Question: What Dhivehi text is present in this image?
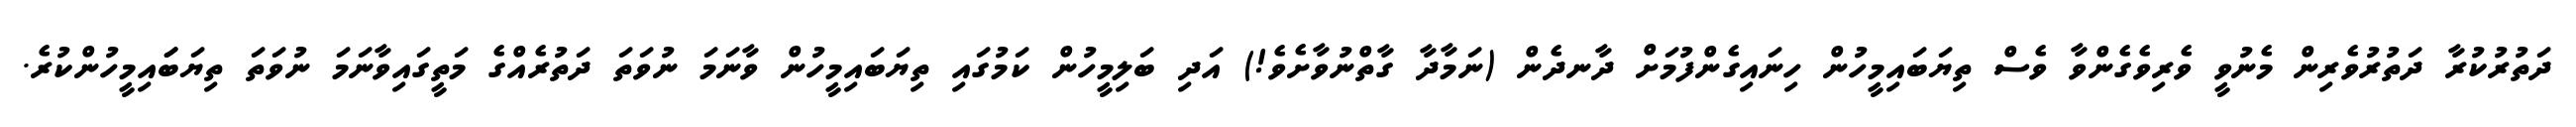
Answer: ދަތުރުކުރާ ދަތުރުވެރިން މެނުވީ ވެރިވެގެންވާ ވެސް ތިޔަބައިމީހުން ހިނައިގެންފުމަށް ދާނދެން (ނަމާދާ ގާތްނުވާށެވެ!) އަދި ބަލިމީހުން ކަމުގައި ތިޔަބައިމީހުން ވާނަމަ ނުވަތަ ދަތުރެއްގެ މަތީގައިވާނަމަ ނުވަތަ ތިޔަބަައިމީހުންކުރެ.